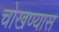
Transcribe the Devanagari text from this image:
चोखण्यास